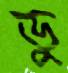
ডু